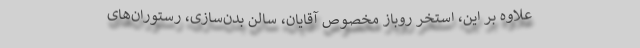
علاوه بر این، استخر روباز مخصوص آقایان، سالن بدن‌سازی، رستوران‌های